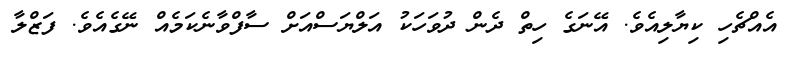
އެއްޗެހި ކިޔާލިއެވެ. އޭނަގެ ހިތް ދެން ދުވަހަކު އަލްޔަސްއަށް ސާފްވާނެކަމެއް ނޭގެއެވެ. ފަޒްލާ